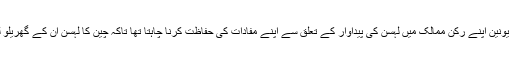
دراصل درآمد محصول لگا کر یورپی یونین اپنے رکن ممالک میں لہسن کی پیداوار کے تعلق سے اپنے مفادات کی حفاظت کرنا چاہتا تھا تاکہ چین کا لہسن ان کے گھریلو لہسن کے مقابلے میں مہنگا ہو جائے۔